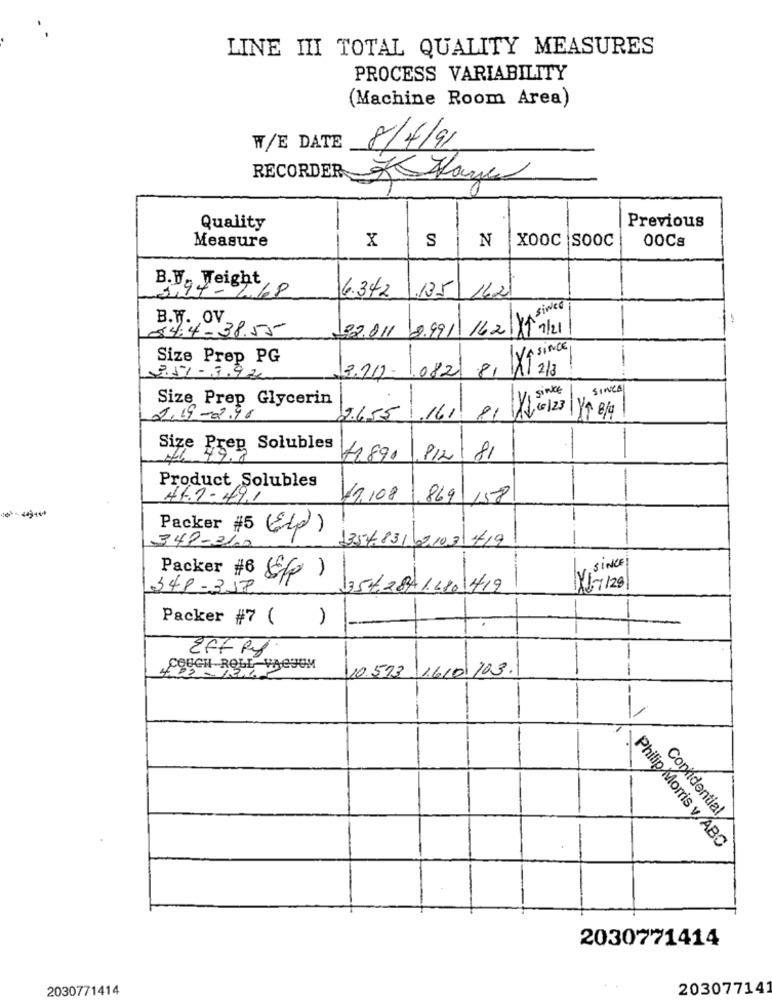
LINE III TOTAL QUALITY MEASURES
PROCESS VARIABILITY
(Machine Room Area)
W/E DATE
8/4/91
RECORDER s Haye
Quality
Previous
x
XOOC SOOC
00Cs
Measure
S
N
3,9
B.V ., Weight,
2.68
6.342
/05/162
B.W. OV,
84.4-38.55
182011 2.991/ 16 2|y since
Size Prep PG
3.57-3.92
2.20- 1082 81 X1since
SINCAL
Size Prep Glycerin
2.19-2.91
9655 16/ 81/10/23
-
-
Size Prep Solubles
72890 812/ 81
Product Solubles
44.1- 49.1
12.108 ,869 158
Packer #5 (El)
1357.83/02/03/419
-
349-3600
Packer #6
SINCE
(Sp)
348-319
25628714401412
Y1 7 128
Packer #7 (
EFF Ry
COUGH-ROLL
-
10.573. 1.610 103.
-
Confidential
Philip Morris v/ABC
2030771414
2030771414
20307714